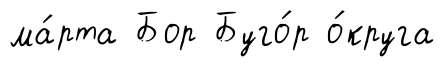
ма́рта Бор Буго́р о́круга